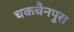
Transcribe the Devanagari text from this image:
चकचैनपुरा